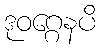
ဒုဝဂ္ဂေနပိ